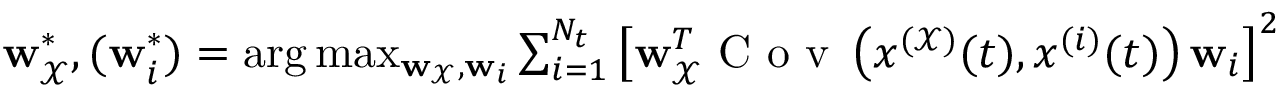
\begin{array} { r } { \mathbf { w } _ { \mathcal { X } } ^ { * } , ( \mathbf { w } _ { i } ^ { * } ) = \arg \operatorname* { m a x } _ { \mathbf { w } _ { \mathcal { X } } , \mathbf { w } _ { i } } \sum _ { i = 1 } ^ { N _ { t } } \left[ \mathbf { w } _ { \mathcal { X } } ^ { T } \textrm { C o v } \left( x ^ { ( \mathcal { X } ) } ( t ) , x ^ { ( i ) } ( t ) \right) \mathbf { w } _ { i } \right] ^ { 2 } } \end{array}